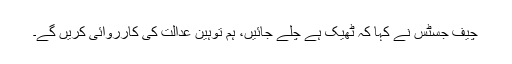
چیف جسٹس نے کہا کہ ٹھیک ہے چلے جائیں، ہم توہین عدالت کی کارروائی کریں گے۔